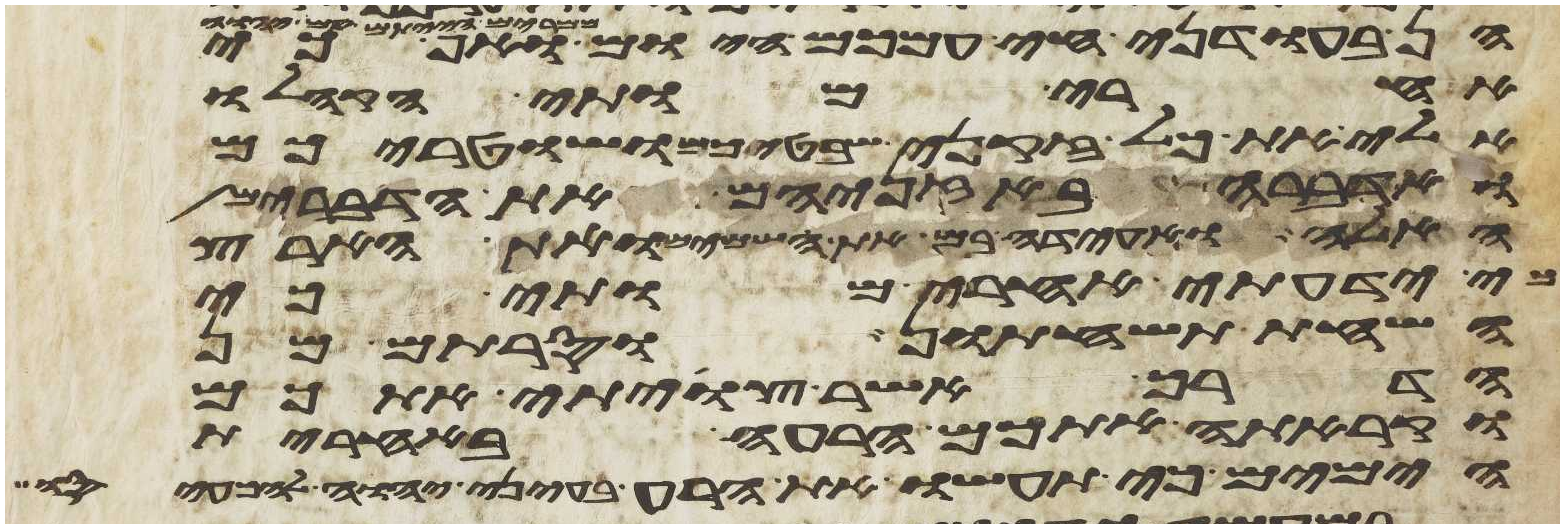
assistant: הן בעודני חי עמכם היום ממרים
אחרי מותי הקהלו
אלי את כל זקני שבטיכם ושטריכם
ואדברה באזניהם את הדברים
האלה ואעידה בם את השמים ואת הארץ
כי ידעתי אחרי מותי כי
השחת תשחתון וסרתם מן
הדרך אשר צויתי אתכם
וקרתה אתכם הרעה באחרית
הימים כי תעשו את הרע בעיני יהוה להכעיסו